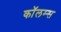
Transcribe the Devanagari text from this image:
कॉलम्स